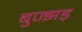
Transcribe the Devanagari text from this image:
बुज्झड़